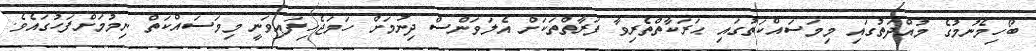
ބޯހިމެނުމުގެ މުއްދަތުގައި މިމަސައްކަތުގައި ޙަރަކާތްތެރިވާ ފަރާތްތަކަށް އެލަވަންސް ދިނުމަށް ހަމަޖެހިފައިވަނީ މިމަސައްކަތް ނިމުމަށްފަހުގައެވެ.